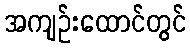
အကျဉ်းထောင်တွင်